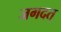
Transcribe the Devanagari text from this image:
जगदत्